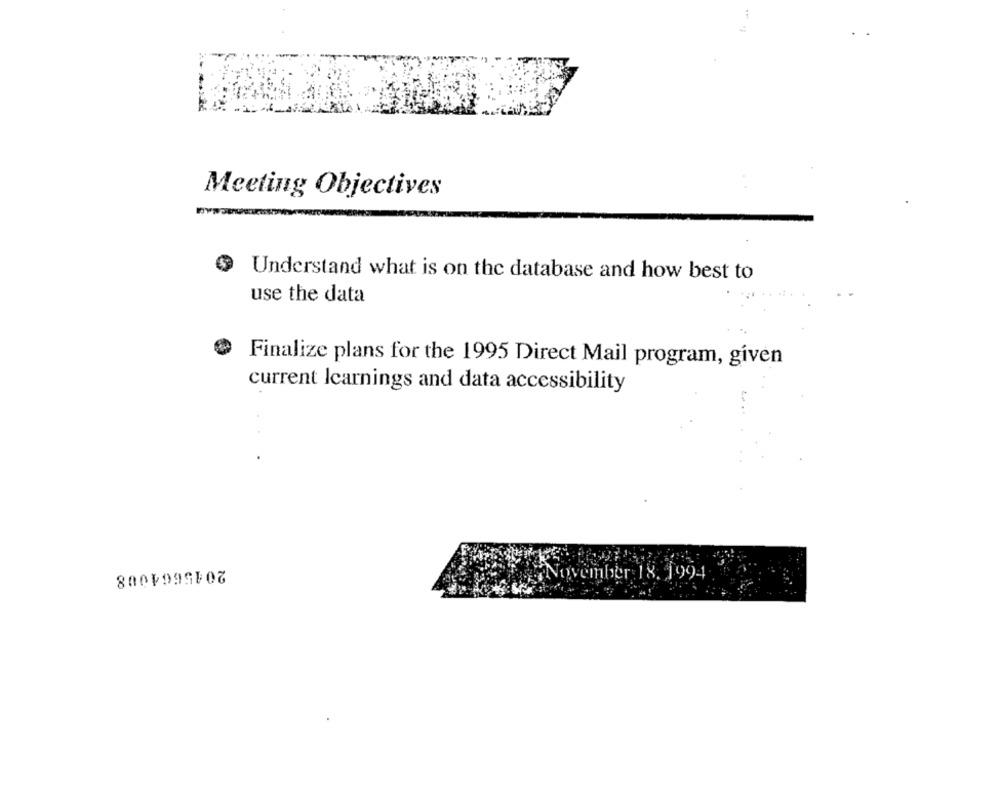
Meeting Objectives
Understand what is on the database and how best to
use the data
Finalize plans for the 1995 Direct Mail program, given
current Icarnings and data accessibility
November 18. 1994